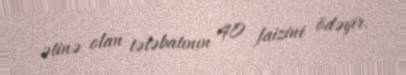
ətinə olan tələbatının 40 faizini ödəyir.